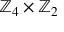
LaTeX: \mathbb { Z } _ { 4 } \times \mathbb { Z } _ { 2 }